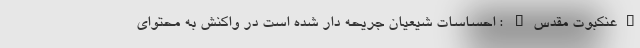
"عنکبوت مقدس" : احساسات شیعیان جریحه دار شده است در واکنش به محتوای